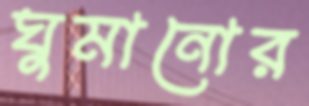
ঘুমানোর